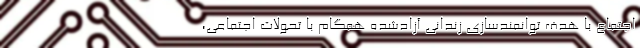
اجتماع با هدف توانمندسازی زندانی آزادشده همگام با تحولات اجتماعی،